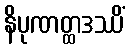
နိပုဏတ္ထဒဿိံ